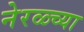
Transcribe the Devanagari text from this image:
नेरळ्च्या